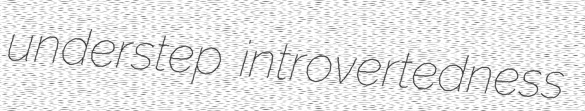
understep introvertedness